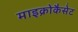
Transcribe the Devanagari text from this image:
माइक्रोकैसेट